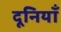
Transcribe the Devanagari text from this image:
दूनियाँ